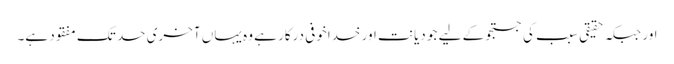
اور جبکہ حقیقی سبب کی جستجو کے لیے جو دیانت اور خداخوفی درکار ہے وہ یہاں آخری حد تک مفقود ہے۔